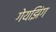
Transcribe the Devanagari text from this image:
गेयझिंग